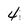
Character: 4